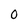
Character: 0